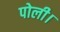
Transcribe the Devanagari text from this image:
पोली।